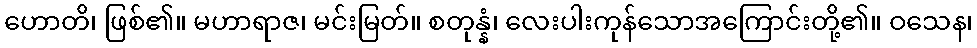
ဟောတိ၊ ဖြစ်၏။ မဟာရာဇ၊ မင်းမြတ်။ စတုန္နံ၊ လေးပါးကုန်သောအကြောင်းတို့၏။ ဝသေန၊